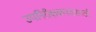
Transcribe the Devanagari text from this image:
उपनिरीक्षकपदासाठी